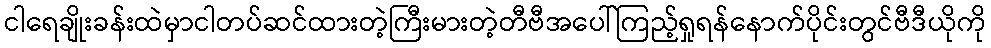
ငါရေချိုးခန်းထဲမှာငါတပ်ဆင်ထားတဲ့ကြီးမားတဲ့တီဗီအပေါ်ကြည့်ရှုရန်နောက်ပိုင်းတွင်ဗီဒီယိုကို